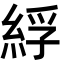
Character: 綒